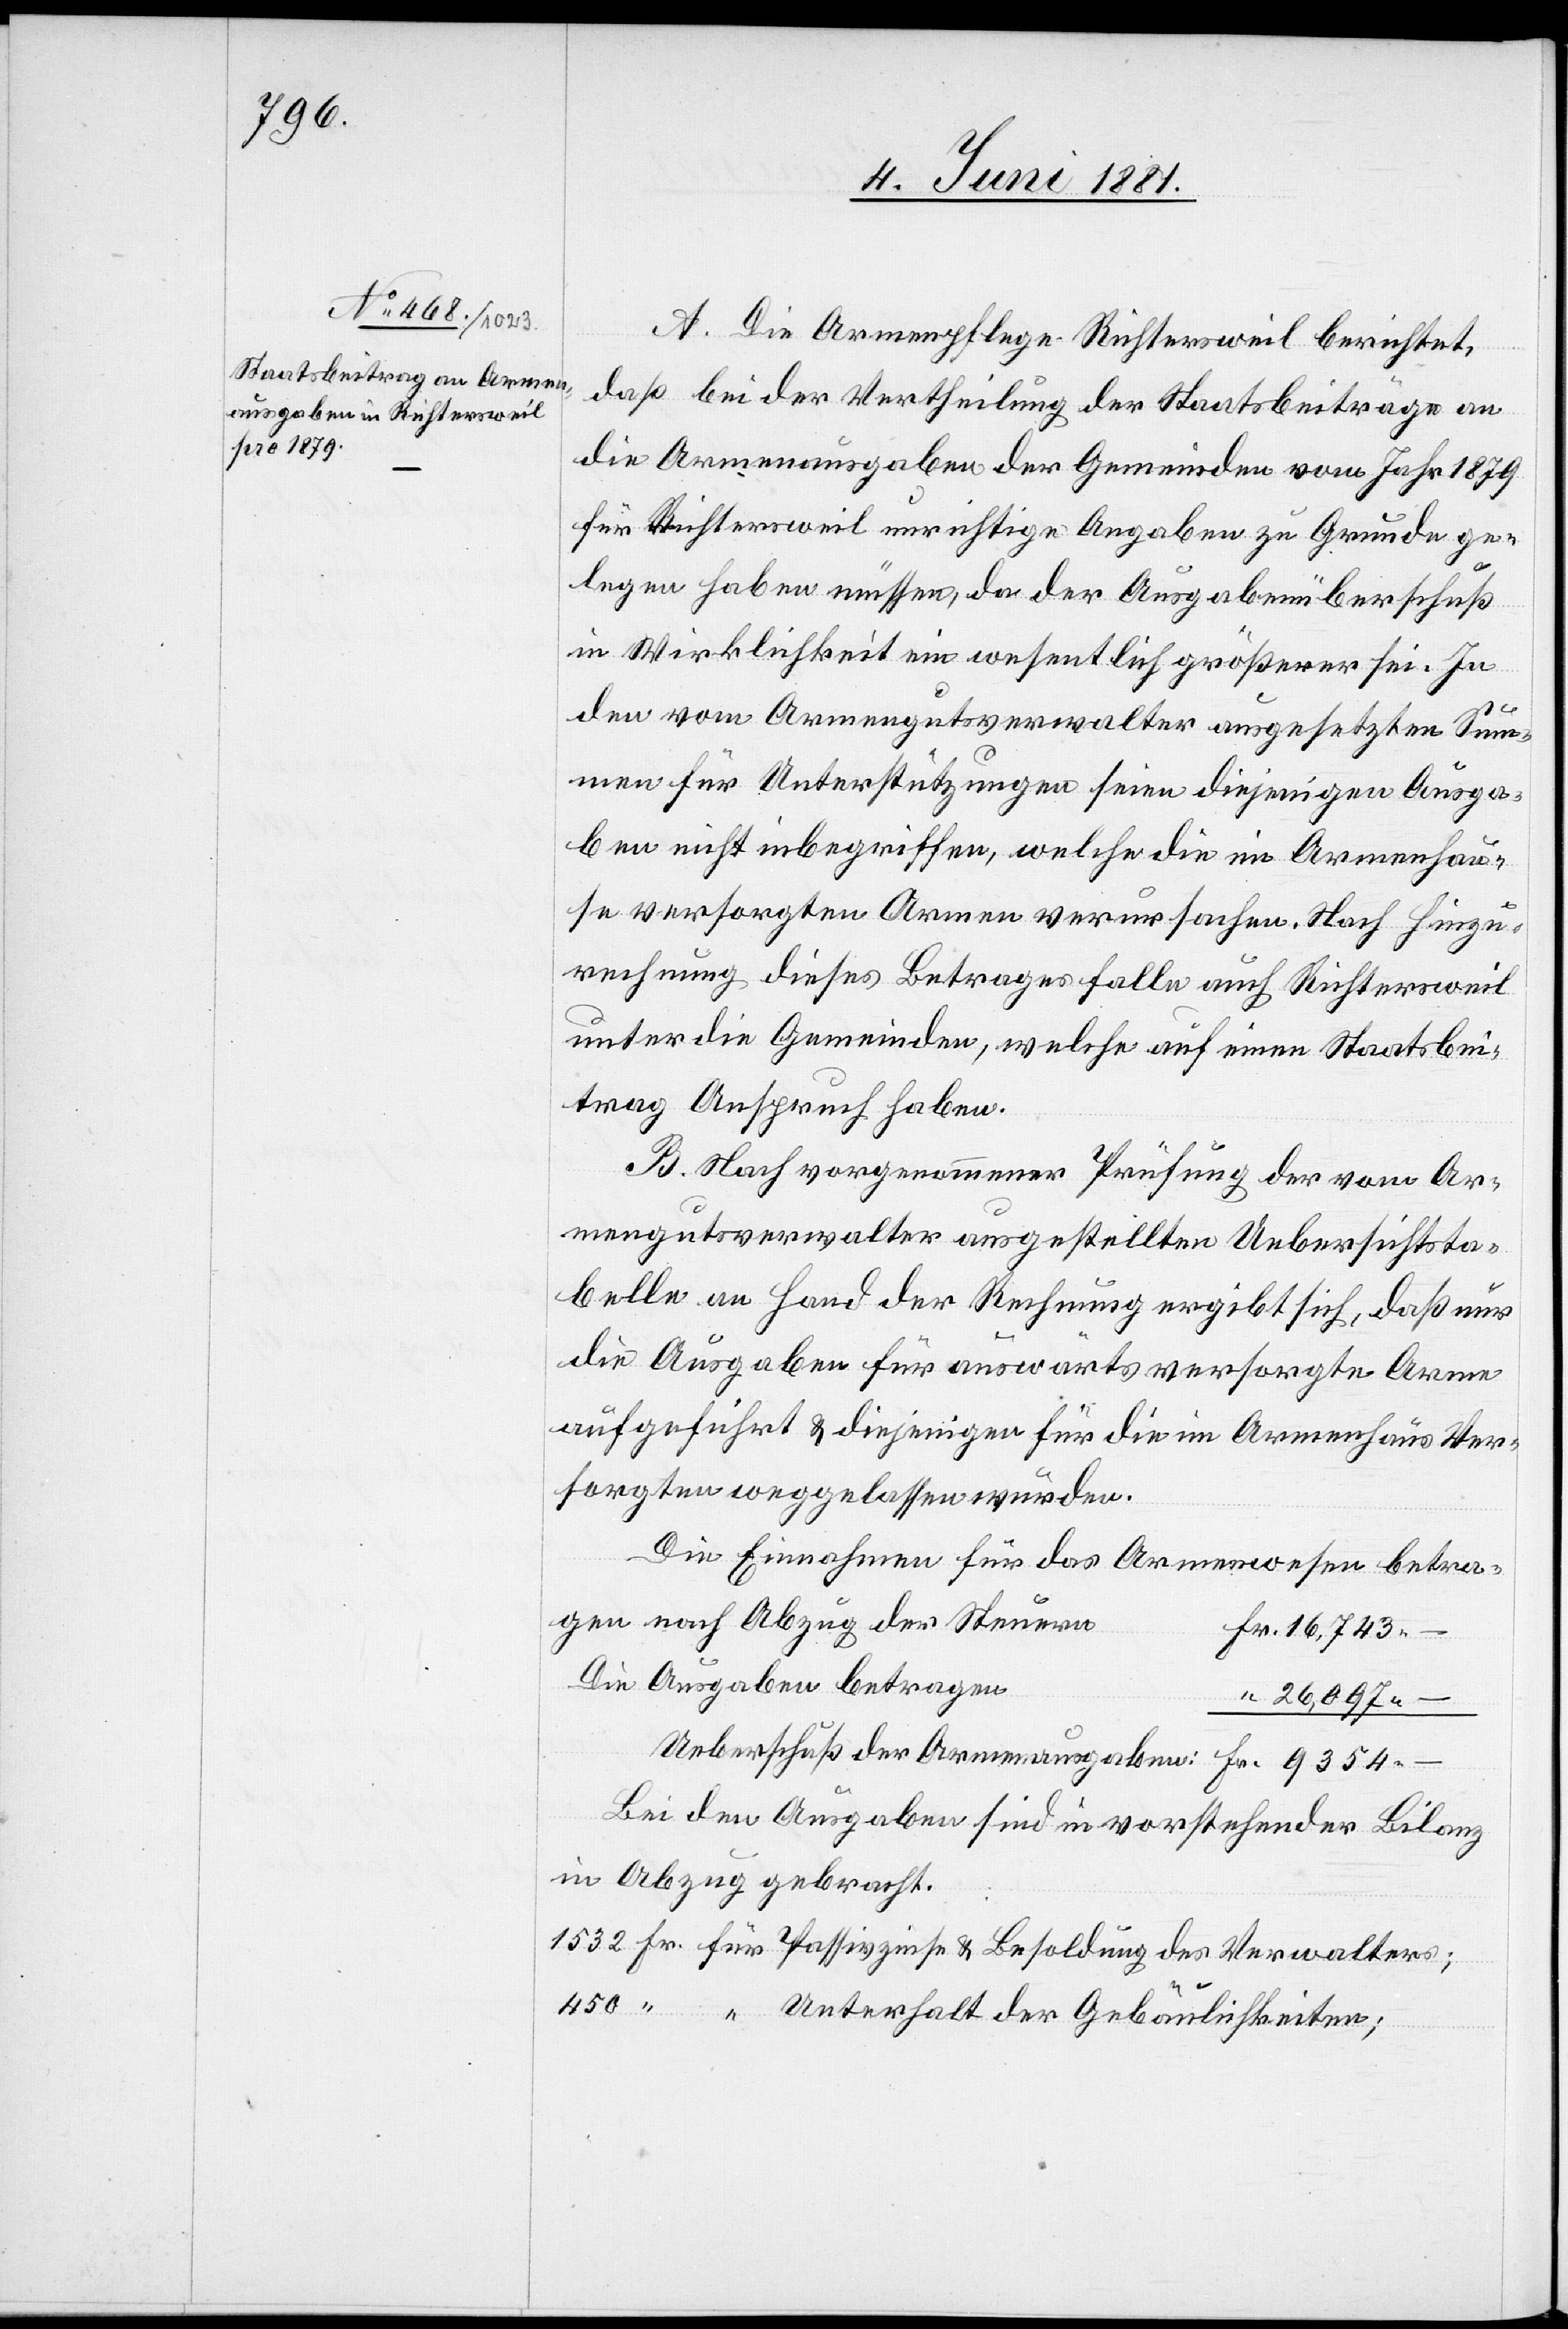
A. Die Armenpflege Richtersweil berichtet,
daß bei der Vertheilung der Staatsbeiträge an
die Armenausgaben der Gemeinden vom Jahr 1879
für Richtersweil unrichtige Angaben zu Grunde ge¬
450
legen haben müssen, da der Ausgabenüberschluß
in Wirklichkeit ein wesentlich größerer sei. In
den vom Armengutsverwalter ausgesetzten Sum¬
men für Unterstützungen seien diejenigen Ausga¬
ben nicht inbegriffen, welche die im Armenhau¬
se versorgten Armen verursachen. Nach Hinzu¬
rechnung dieses Betrages falle auch Richtersweil
unter die Gemeinden, welche auf einen Staatsbei¬
trag Anspruch haben.
B. Nach vorgenommener Prüfung der vom Ar¬
mengutsverwalter ausgestellten Uebersichtsta¬
belle an Hand der Rechnung ergibt sich, daß nur
die Ausgaben für auswärts versorgte Arme
aufgeführt & diejenigen für die im Armenhaus Ver¬
sorgten weggelassen wurden.
Die Einnahmen für das Armenwesen betra¬
nach Abzug der Steuern
16,743.–
Die Ausgaben betragen
26,097.–
Bei den Ausgaben sind in vorstehender Bilanz
in Abzug gebracht:

der